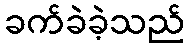
ခက်ခဲခဲ့သည်